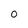
Character: O